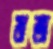
মজ